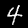
Digit: 4